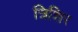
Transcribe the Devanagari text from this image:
त्रिशिर